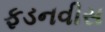
ફડનવીસ